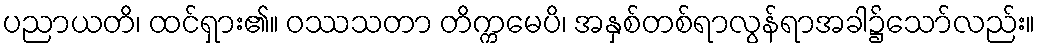
ပညာယတိ၊ ထင်ရှား၏။ ဝဿသတာ တိက္ကမေပိ၊ အနှစ်တစ်ရာလွန်ရာအခါ၌သော်လည်း။